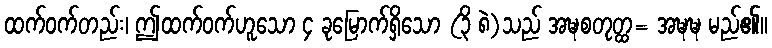
ထက်ဝက်တည်း၊ ဤထက်ဝက်ဟူသော ၄ ခုမြောက်ရှိသော (၃ိ ၈ဲ)သည် အဍ္ဎစတုတ္ထ= အဍ္ဎဍ္ဎ မည်၏။